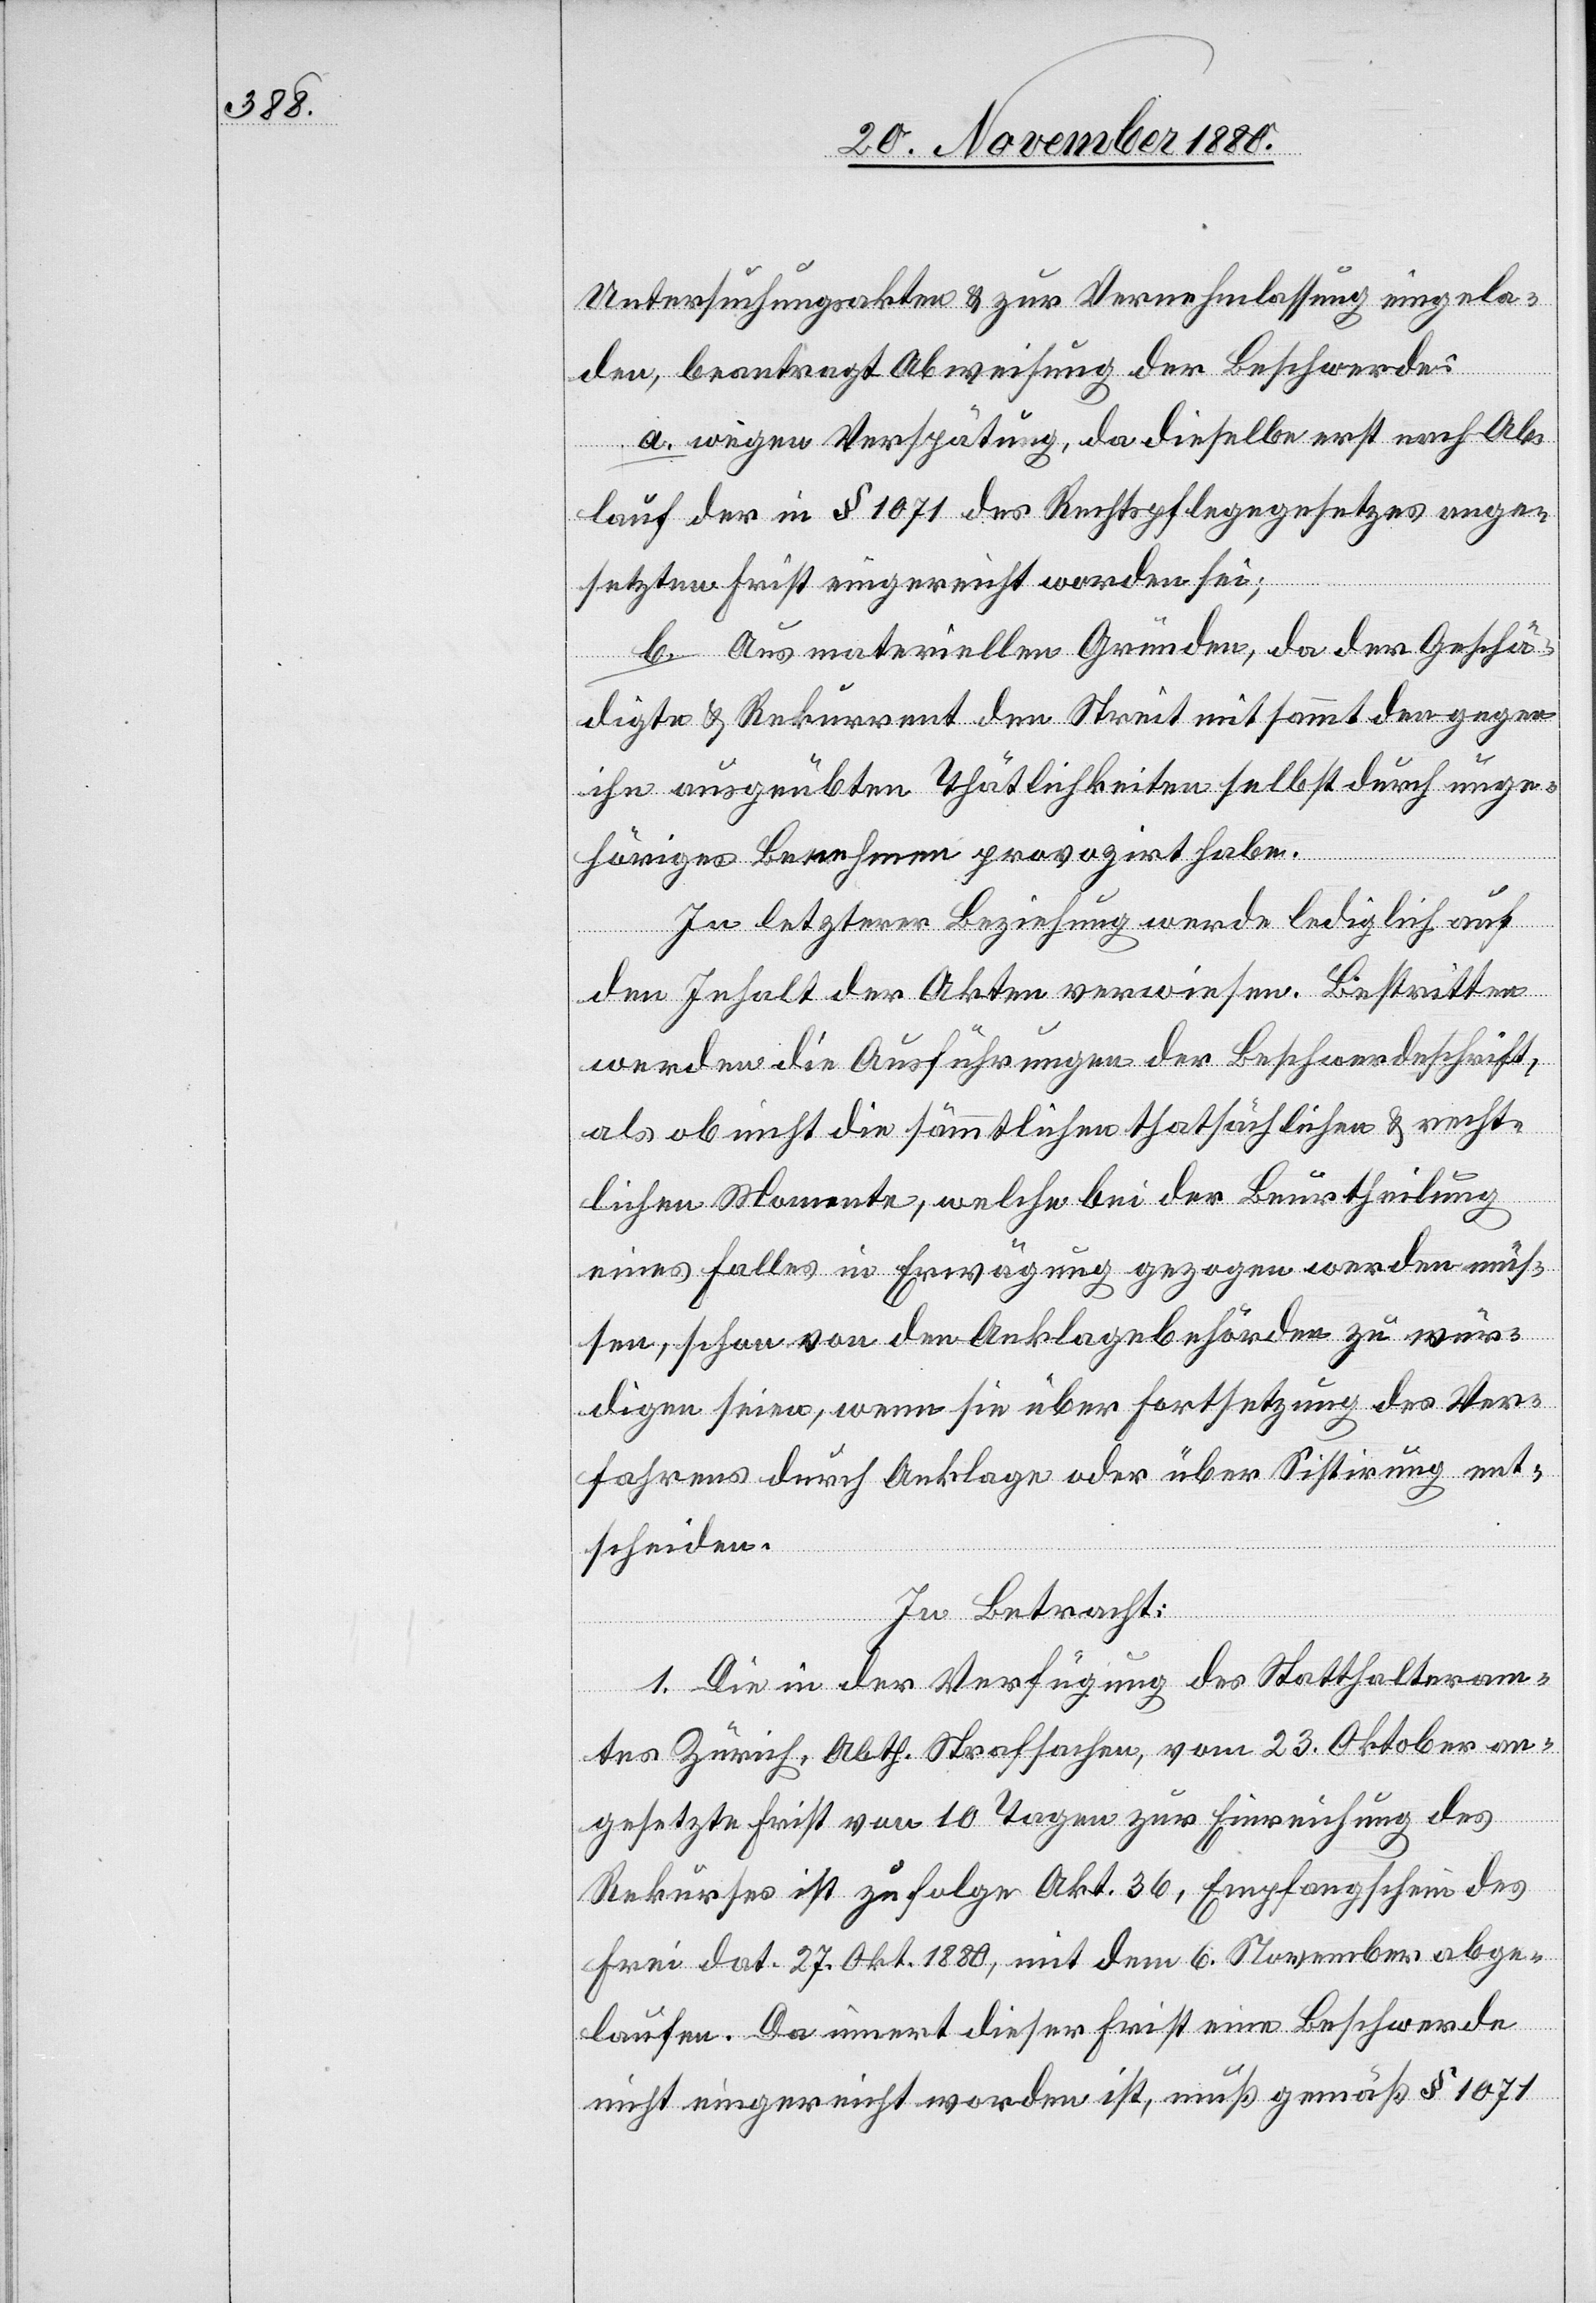
Untersuchungsakten & zur Vernehmlassung eingela¬
den, beantragt Abweisung der Beschwerde:
a. wegen Verspätung, da dieselbe erst nach Ab¬
lauf der in § 1071 des Rechtspflegegesetzes ange¬
setzten Frist eingereicht worden sei;
b. Aus materiellen Gründen, da der Geschä¬
digte & Rekurrent den Streit mitsammt den gegen
ihn ausgeübten Thätlichkeiten selbst durch unge¬
höriges Benehmen provozirt habe.
In letzterer Beziehung werde lediglich auf
den Inhalt der Akten verwiesen. Bestritten
werden die Ausführungen der Beschwerdeschrift,
als ob nicht die sämmtlichen thatsächlichen & recht¬
lichen Momente, welche bei der Beurtheilung
eines Falles in Erwägung gezogen werden müs¬
sen, schon von den Anklagebehörden zu wür¬
digen seien, wenn sie über Fortsetzung des Ver¬
fahrens durch Anklage oder über Sistirung ent¬
scheiden.
In Betracht:
1. Die in der Verfügung des Statthalteram¬
tes Zürich, Abth. Strafsachen, vom 23. Oktober an¬
gesetzte Frist von 10 Tagen zur Einreichung des
Rekurses ist zu folge Akt. 36, Empfangschein des
Frei dat. 27. Okt. 1880, mit dem 6. November abge¬
laufen. Da innert dieser Frist eine Beschwerde
nicht eingereicht worden ist, muß gemäß § 1071